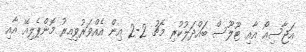
އަޖާސިއޯ އާއި ޓޫލޫސް ބައްދަލުކުރި މެޗު 2-2 އިން އެއްވަރުވިއިރު މޮންޕެލިއޭ އާއި